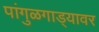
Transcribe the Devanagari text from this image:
पांगुळगाड्यावर